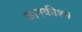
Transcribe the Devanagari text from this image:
जानकीश।